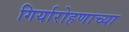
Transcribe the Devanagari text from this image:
गिर्यारोहणाच्या